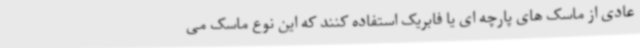
عادی از ماسک های پارچه ای یا فابریک استفاده کنند که این نوع ماسک می